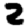
Digit: 2